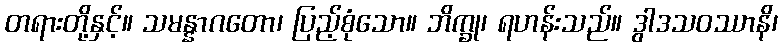
တရားတို့နှင့်။ သမန္နာဂတော၊ ပြည့်စုံသော။ ဘိက္ခု၊ ရဟန်းသည်။ ဒွါဒသဝဿာနိ၊